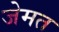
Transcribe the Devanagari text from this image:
जेमत